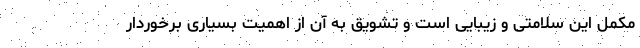
مکمل این سلامتی و زیبایی است و تشویق به آن از اهمیت بسیاری برخوردار